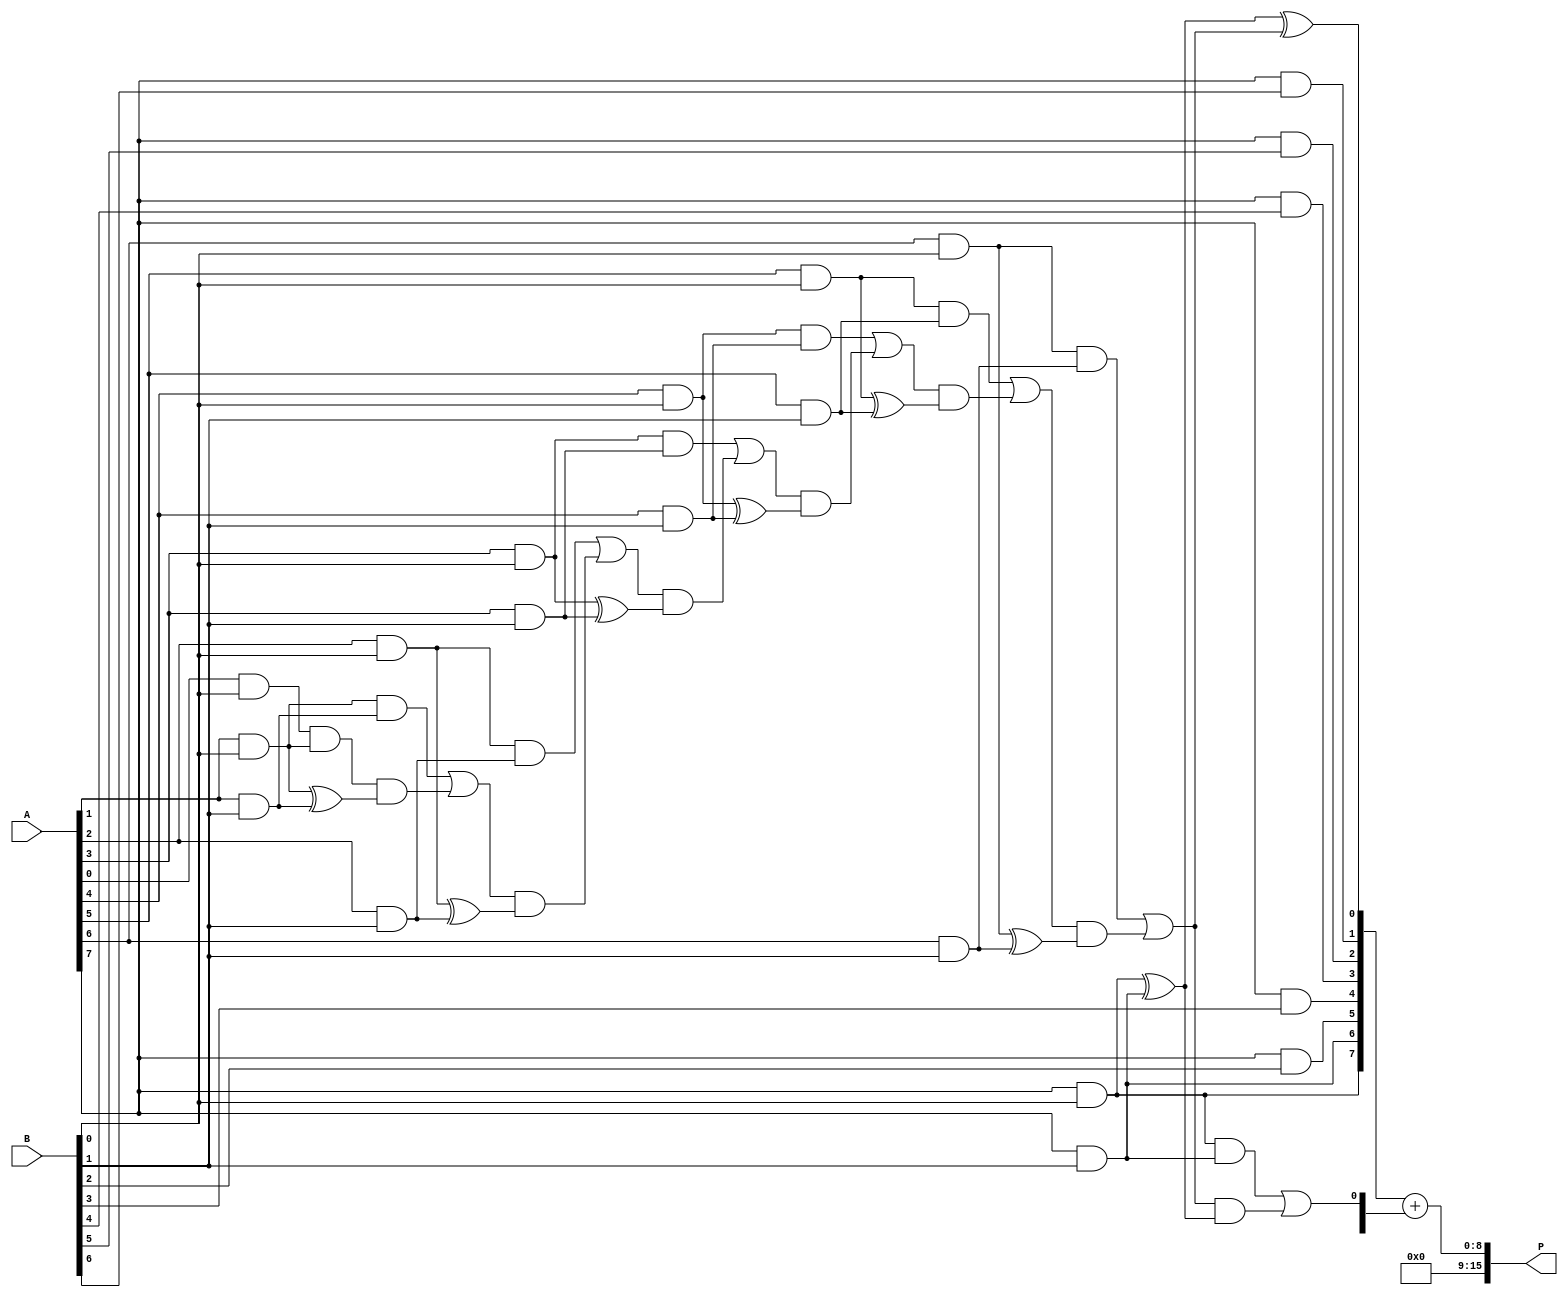
module scalable_wallace_tree_multiplier #(parameter N = 8) (
    input  wire [N-1:0] A, // First operand
    input  wire [N-1:0] B, // Second operand
    output wire [2*N-1:0] P // Product output
);

    // Partial Product Generation
    wire [N-1:0] pp [0:N-1]; // Partial products
    genvar i, j;
    generate
        for (i = 0; i < N; i = i + 1) begin : pp_gen
            for (j = 0; j < N; j = j + 1) begin : pp_bit
                assign pp[i][j] = A[i] & B[j];
            end
        end
    endgenerate

    // Wallace Tree Reduction
    wire [N:0] sum [0:N-1]; // Sums for reduction
    wire [N:0] carry [0:N-1]; // Carries for reduction

    // Initial stage of reduction
    generate
        for (i = 0; i < N; i = i + 1) begin : reduction_stage
            if (i == 0) begin
                assign sum[i] = {1'b0, pp[0][i], pp[1][i], pp[2][i], pp[3][i], pp[4][i], pp[5][i], pp[6][i], pp[7][i]};
            end else begin
                assign sum[i] = {1'b0, pp[i][0], pp[i][1], pp[i][2], pp[i][3], pp[i][4], pp[i][5], pp[i][6], pp[i][7]};
            end
        end
    endgenerate

    // Wallace tree reduction logic
    wire [N:0] final_sum;
    wire [N:0] final_carry;

    // Full Adder and Half Adder logic
    generate
        for (i = 0; i < N; i = i + 1) begin : adders
            if (i == 0) begin
                // Half Adder for the first two bits
                assign sum[i][0] = pp[0][i] ^ pp[1][i];
                assign carry[i][0] = pp[0][i] & pp[1][i];
            end else begin
                // Full Adders for subsequent bits
                assign sum[i][0] = pp[i][0] ^ pp[i][1] ^ carry[i-1][0];
                assign carry[i][0] = (pp[i][0] & pp[i][1]) | (carry[i-1][0] & (pp[i][0] ^ pp[i][1]));
            end
        end
    endgenerate

    // Final addition stage
    assign final_sum = sum[N-1] + carry[N-1];
    
    // Assign product output
    assign P = final_sum;

endmodule